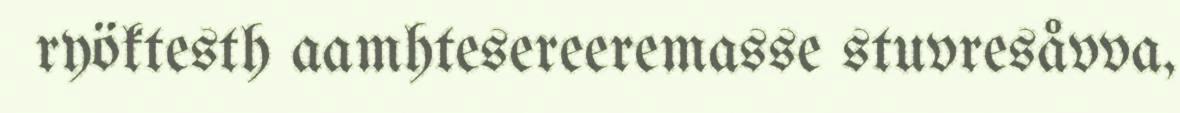
ryöktesth aamhtesereeremasse stuvresåvva,